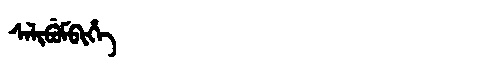
Manchu: ᠰᠠᠯᡳᠪᡠᠮᠪᡳᡥᡝ
Romanization: SALIBUMBIHE